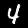
Label: 4